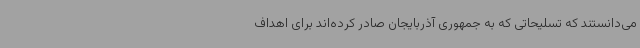
می‌دانستند که تسلیحاتی که به جمهوری آذربایجان صادر کرده‌اند برای اهداف